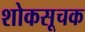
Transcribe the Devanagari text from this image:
शोकसूचक